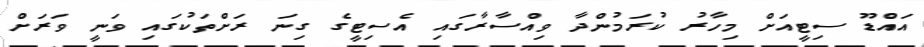
އައްޑޫ ސިޓީއަށް މިހާރު ކުރަމުންދާ ވިއްސާރާގައި އެސިޓީގެ ގިނަ ރަށްތަކުގައި ވަނީ ވަރަށް